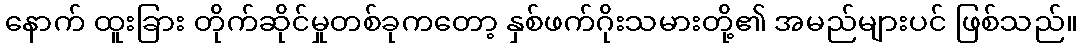
နောက် ထူးခြား တိုက်ဆိုင်မှုတစ်ခုကတော့ နှစ်ဖက်ဂိုးသမားတို့၏ အမည်များပင် ဖြစ်သည်။